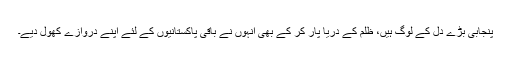
پنجابی بڑے دل کے لوگ ہیں، ظلم کے دریا پار کر کے بھی انہوں نے باقی پاکستانیوں کے لئے اپنے دروازے کھول دیے۔